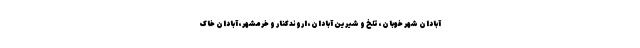
آبادان شهر خوبان، تلخ و شیرین آبادان، اروندکنار و خرمشهر، آبادان خاک